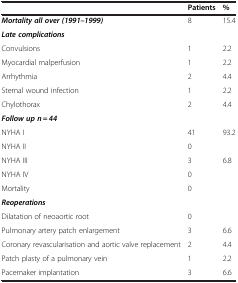
|  | Patients | % |
 | --- | --- | --- |
 | Mortality all over (1991–1999) | 8 | 15.4 |
 | Late complications |  |  |
 | Convulsions | 1 | 2.2 |
 | Myocardial malperfusion | 1 | 2.2 |
 | Arrhythmia | 2 | 4.4 |
 | Sternal wound infection | 1 | 2.2 |
 | Chylothorax | 2 | 4.4 |
 | Follow up n = 44 |  |  |
 | NYHA I | 41 | 93.2 |
 | NYHA II | 0 |  |
 | NYHA III | 3 | 6.8 |
 | NYHA IV | 0 |  |
 | Mortality | 0 |  |
 | Reoperations |  |  |
 | Dilatation of neoaortic root | 0 |  |
 | Pulmonary artery patch enlargement | 3 | 6.6 |
 | Coronary revascularisation and aortic valve replacement | 2 | 4.4 |
 | Patch plasty of a pulmonary vein | 1 | 2.2 |
 | Pacemaker implantation | 3 | 6.6 |